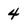
Character: 4